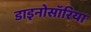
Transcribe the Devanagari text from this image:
डाइनोसॉरिया